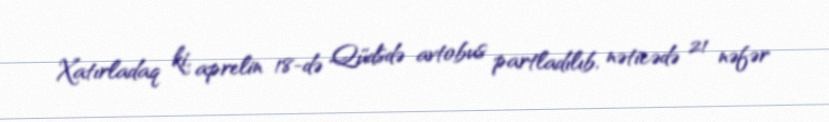
Xatırladaq ki, aprelin 18-də Qüdsdə avtobus partladılıb, nəticədə 21 nəfər